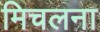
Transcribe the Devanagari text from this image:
मिचलना